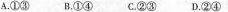
A.①③B.①④C.②③D.②④